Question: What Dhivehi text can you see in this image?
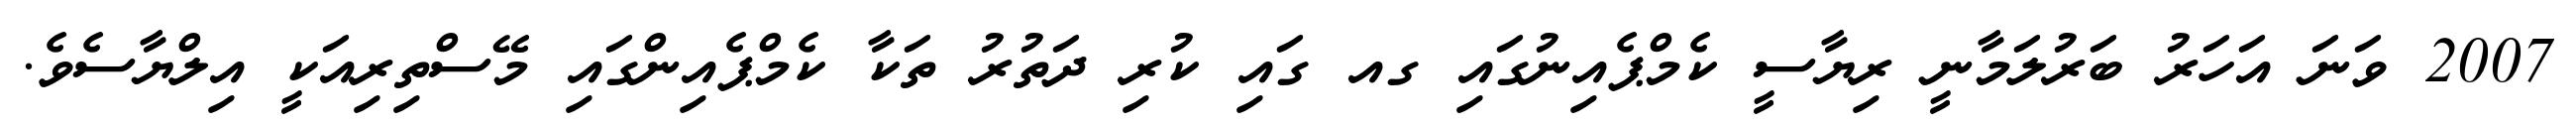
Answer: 2007 ވަނަ އަހަރު ބަރުލަމާނީ ރިޔާސީ ކެމްޕެއިނުގައި ގއ ގައި ކުރި ދަތުރު ތަކާ ކެމްޕެއިންގައި މޭސްތިރިއަކީ އިލްޔާސެވެ.